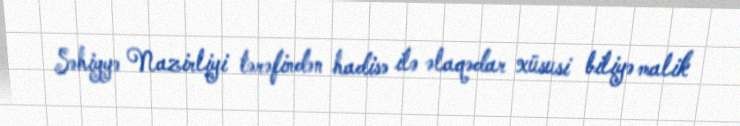
Səhiyyə Nazirliyi tərəfindən hadisə ilə əlaqədar xüsusi biliyə malik